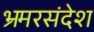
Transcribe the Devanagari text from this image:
भ्रमरसंदेश